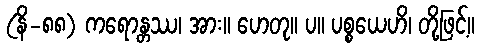
(နိ-၈၈) ကရောန္တဿ၊ အား။ ဟေတု။ ပ။ ပစ္စယေဟိ၊ တို့ဖြင့်။